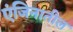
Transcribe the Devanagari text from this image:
एंजिनातील